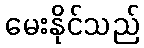
မေးနိုင်သည်